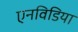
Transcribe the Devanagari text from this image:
एनविडिया